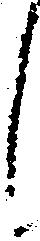
し